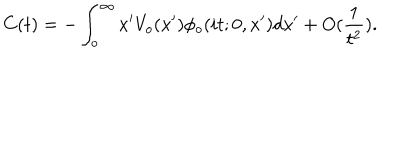
C ( t ) = - \int _ { o } ^ { \infty } x ^ { \prime } V _ { o } ( x ^ { \prime } ) \phi _ { o } ( i t ; 0 , x ^ { \prime } ) d x ^ { \prime } + O ( \frac { 1 } { t ^ { 2 } } ) .